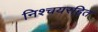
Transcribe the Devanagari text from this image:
निश्चयरहित